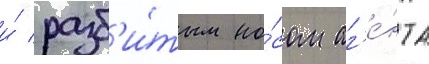
и́ разб'и́тым но́сом аг'е́нта